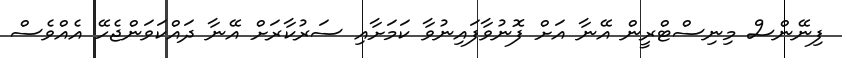
ފިނޭންސް މިނިސްޓްރީން އޭނާ އަށް ފޮނުވާފައިނުވާ ކަމަށާއި ސަރުކާރަށް އޭނާ ދައްކަވަންޖެހޭ އެއްވެސް